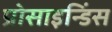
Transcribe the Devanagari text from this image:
प्रोसाइन्डिंस